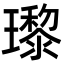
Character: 瓈